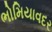
ભોમિયાવદર